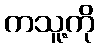
ကသူ့ကို